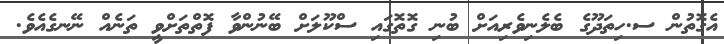
އެގޮތުން ސ.ހިތަދޫގެ ބެލެނިވެރިއަށް ބުނި ގޮތޮގައި ސްކޫލަށް ބޭނުންވާ ފޮތްތަށްވީ ތަނެއް ނޭނގެއެވެ.